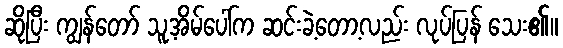
ဆိုပြီး ကျွန်တော် သူ့အိမ်ပေါ်က ဆင်းခဲ့တော့လည်း လုပ်ပြန် သေး၏။